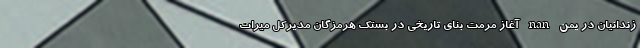
زندانیان در یمن nan آغاز مرمت بنای تاریخی در بستک هرمزگان مدیرکل میراث